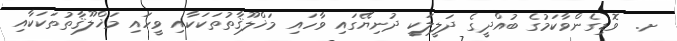
ށ.  ވޮޑިގެންވާކަމުގެ ބުއްދީގެ ދަލީލަކީ ދުނިޔޭގައި ވާހައި މަޚްލޫޤާތުތަކަކާއި ވީހައި މަޚްލޫޤާތުތަކަކާއި